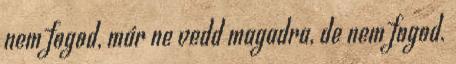
nem fogod, már ne vedd magadra, de nem fogod.